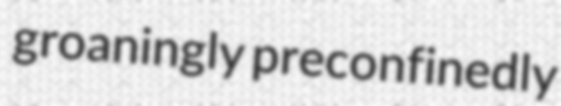
groaningly preconfinedly